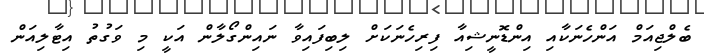
ބެލްޖިއަމް އަންހެނަކާއި އިންޑޮނީޝިއާ ފިރިހެނަކަށް ލިބިފައިވާ ނައިންގޯލާން އަކީ މި ވަގުތު އިޓާލިއަން